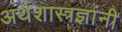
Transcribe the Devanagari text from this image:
अर्थशास्त्रज्ञांनी